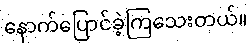
နောက်ပြောင်ခဲ့ကြသေးတယ်။